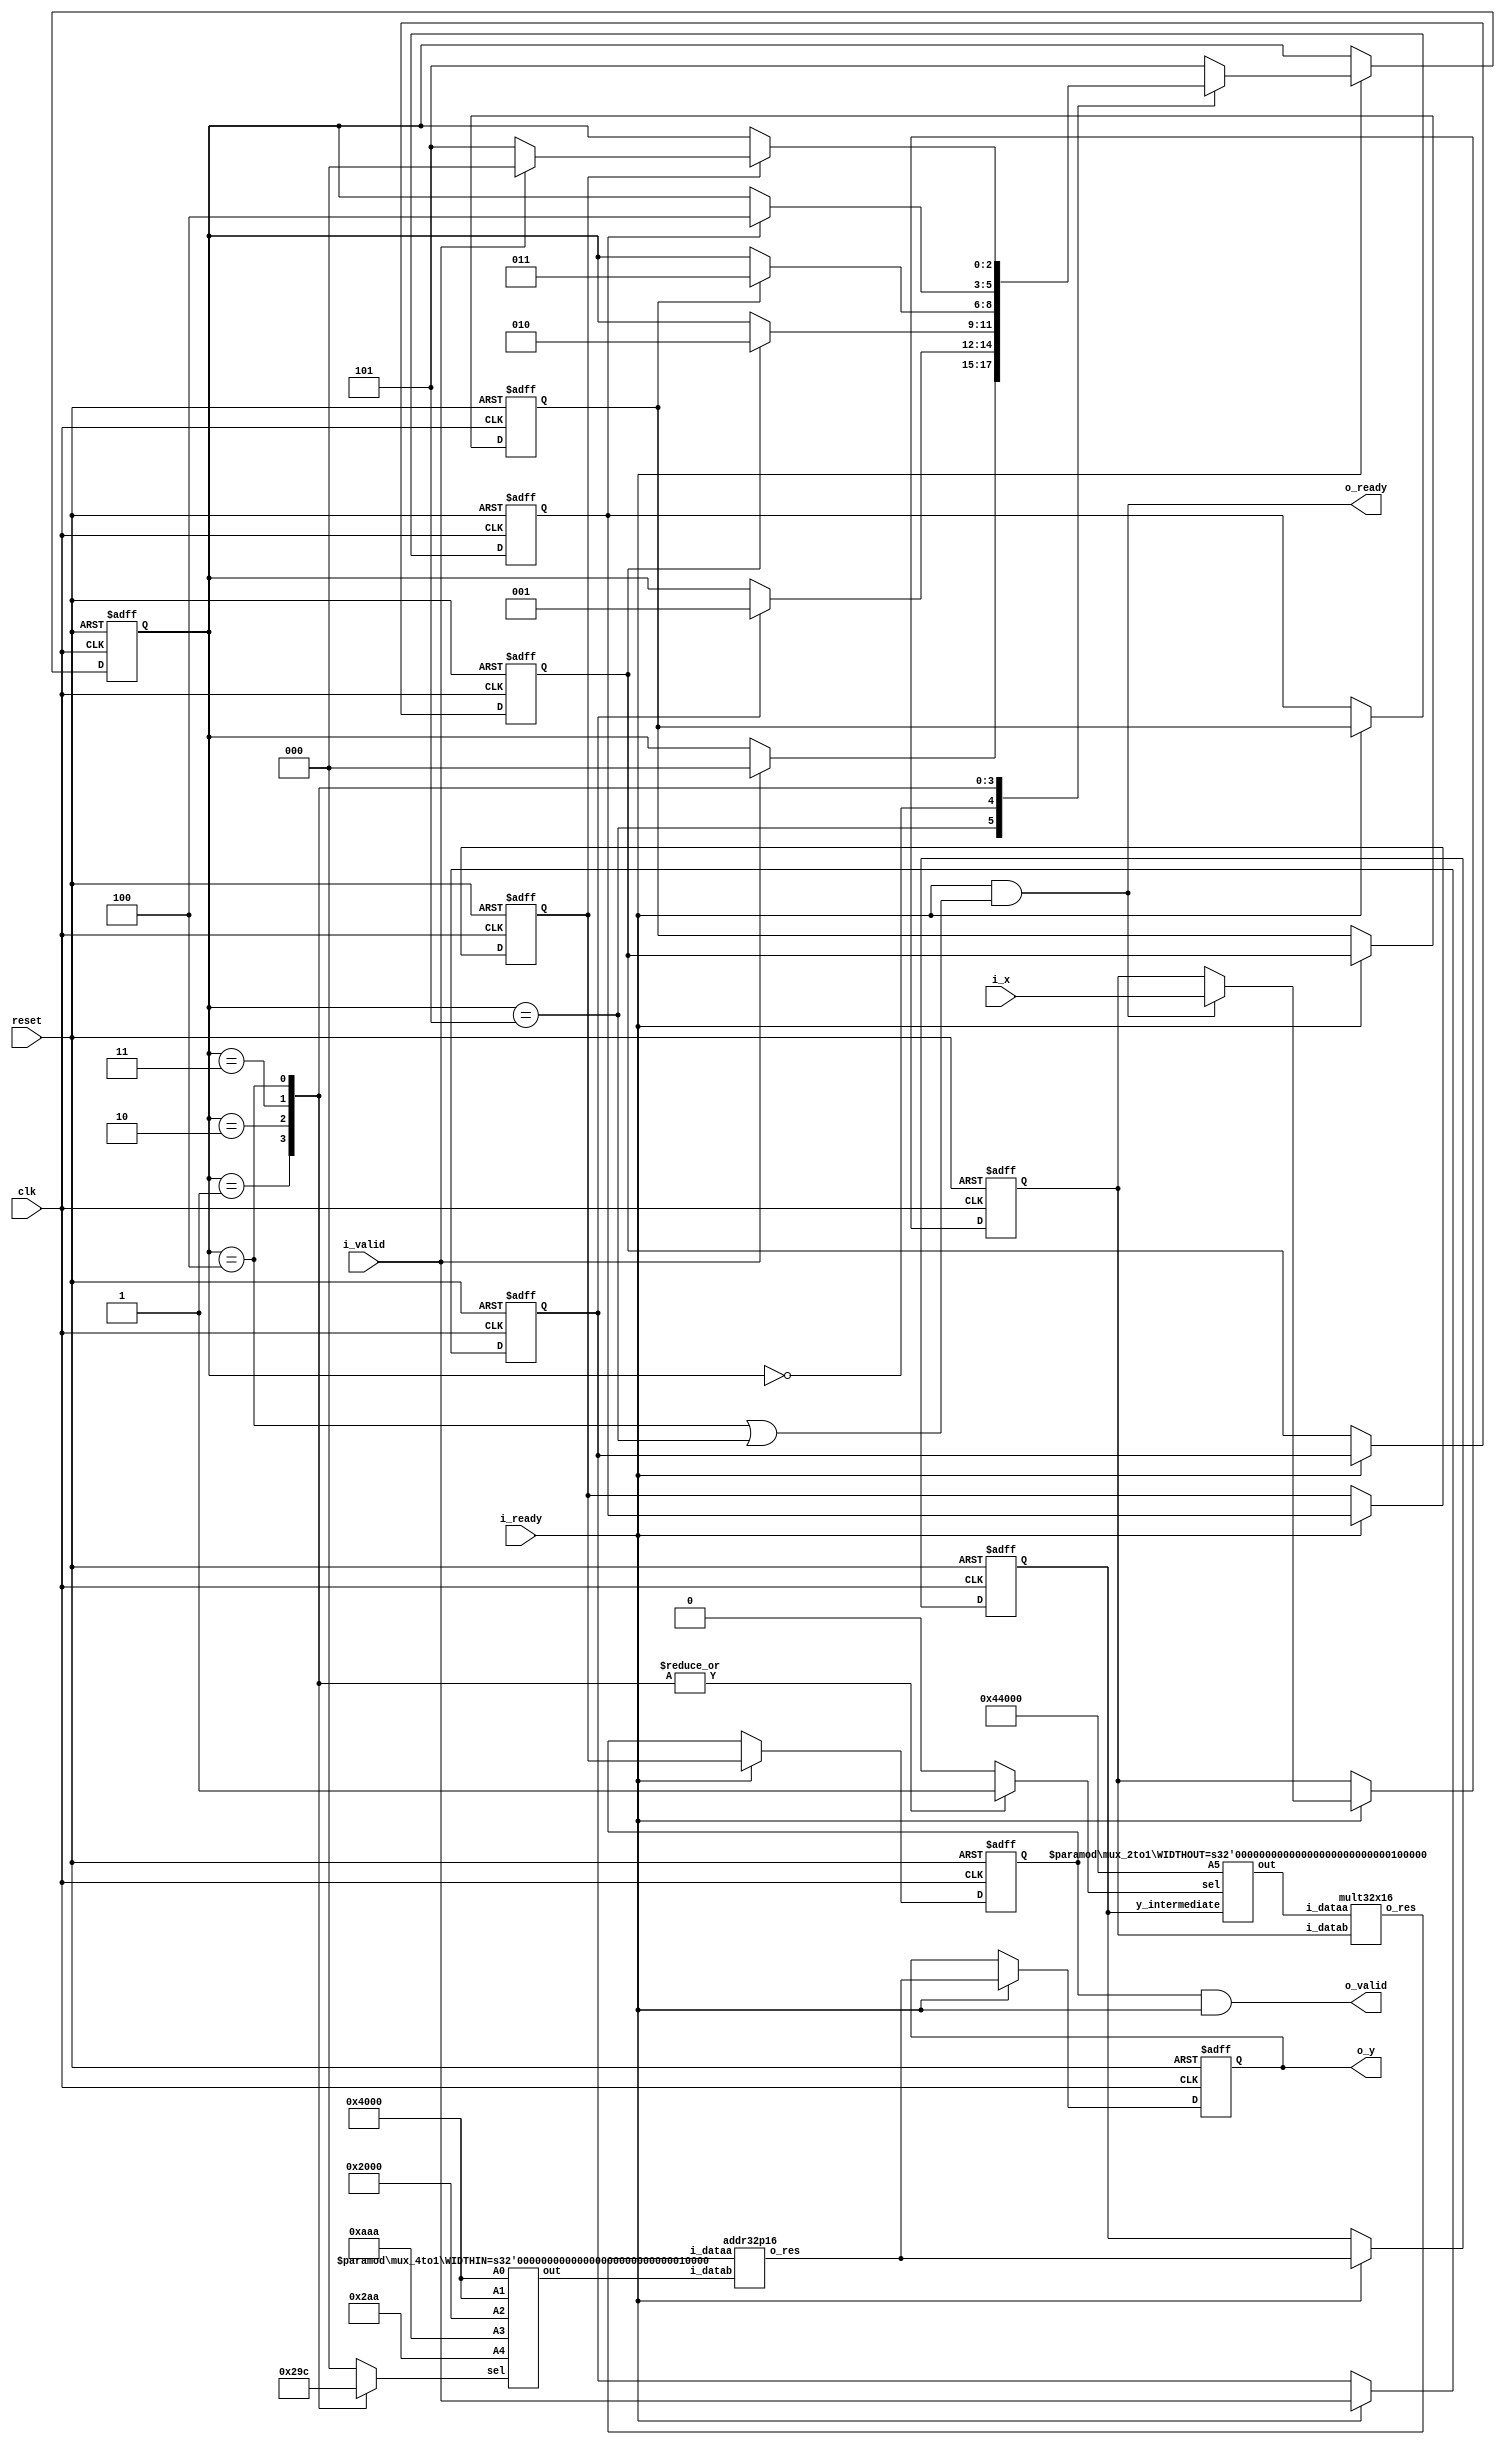
module lab1 #
(
	parameter WIDTHIN = 16,		// Input format is Q2.14 (2 integer bits + 14 fractional bits = 16 bits)
	parameter WIDTHOUT = 32,	// Intermediate/Output format is Q7.25 (7 integer bits + 25 fractional bits = 32 bits)
	// Taylor coefficients for the first five terms in Q2.14 format
	parameter [WIDTHIN-1:0] A0 = 16'b01_00000000000000, // a0 = 1
	parameter [WIDTHIN-1:0] A1 = 16'b01_00000000000000, // a1 = 1
	parameter [WIDTHIN-1:0] A2 = 16'b00_10000000000000, // a2 = 1/2
	parameter [WIDTHIN-1:0] A3 = 16'b00_00101010101010, // a3 = 1/6
	parameter [WIDTHIN-1:0] A4 = 16'b00_00001010101010, // a4 = 1/24
	parameter [WIDTHIN-1:0] A5 = 16'b00_00000010001000,  // a5 = 1/120
	parameter [WIDTHOUT-1:0] extended_A5 = {5'b0, A5, 11'b0}  // we want to use only 32x16 multiplier so adapting to it.
	
)
(
	input clk,
	input reset,	
	
	input i_valid,
	input i_ready,
	output o_valid,
	output o_ready,
	
	input [WIDTHIN-1:0] i_x,
	output [WIDTHOUT-1:0] o_y
);
//Output value could overflow (32-bit output, and 16-bit inputs multiplied
//together repeatedly).  Don't worry about that -- assume that only the bottom
//32 bits are of interest, and keep them.
reg [WIDTHIN-1:0] x;	// Register to hold input X
reg [WIDTHOUT-1:0] y_intermediate; // Register to hold intermediate output
reg [WIDTHOUT-1:0] y_Q;	// Register to hold output Y

reg valid_mul_mux_out_for_mul0_add0_Q; // multiplier's mux's output is valid that for the current state mul0_add0
reg valid_mul_mux_out_for_mul1_add1_Q; // multiplier's mux's output is valid that for the current state mul1_add1
reg valid_mul_mux_out_for_mul2_add2_Q; // similar to above commment...
reg valid_mul_mux_out_for_mul3_add3_Q;
reg valid_mul_mux_out_for_mul4_add4_Q;


reg valid_Q2;		// Output of register y is valid


// signal for enabling sequential circuit elements
reg enable;


// Signals for computing the y output
wire [WIDTHOUT-1:0] mul_out; // multiplier's output
wire [WIDTHOUT-1:0] add_out; // adder's output
wire [WIDTHOUT-1:0] y_D;

//multiplier's mux
reg mul_mux_select; // select of mux that feeds input to the only multiplier
wire[WIDTHOUT-1:0] mul_mux_out; //output of mux that feeds input to the only multiplier

//adder's mux
reg [2:0] add_mux_select; // select of mux that feeds input to the only adder
wire[WIDTHIN-1:0] add_mux_out; // output fo mux that feeds input to only adder


//multiplexer for multiplier
mux_2to1  #(.WIDTHOUT(WIDTHOUT)) mult_mux (.A5(extended_A5), .y_intermediate(y_intermediate), .sel(mul_mux_select), .out(mul_mux_out));
//multiplexer for adder
mux_4to1  #(.WIDTHIN(WIDTHIN)) add_mux (.A0(A0), .A1(A1), .A2(A2), .A3(A3), .A4(A4), .sel(add_mux_select), .out(add_mux_out));

// compute y value
mult32x16 Mult (.i_dataa(mul_mux_out), .i_datab(x), .o_res(mul_out));
addr32p16 Addr (.i_dataa(mul_out), 	.i_datab(add_mux_out), 	.o_res(add_out));

//assign output of adder to y_D
assign y_D = add_out;


//Finate state machine //by default the initial state is standby, where we are waiting for valid input to perform operations
reg [2:0] state;
parameter mul0_add0=3'b000; // we will peform first multiplication and first addition of tylor expansion together in one cycle in this state
parameter mul1_add1=3'b001; // we will peform second multiplication and second  of tylor expansion together in one cycle in this state
parameter mul2_add2=3'b010; // ...
parameter mul3_add3=3'b011; // ...
parameter mul4_add4=3'b100; // ...
parameter standby=3'b101;   // deffualt initial state or state in which we wait for vaild input

//we will be performing mul0 add0 in once cycle, mul1 add1 in next cycle in so on.

initial
	begin
		state <= standby;
	end

always @(state)
	begin
		case ((state))
			standby: // do nothing reset the selects of respective MUXs
				begin
					mul_mux_select <= 1'b0; 
					add_mux_select <= 3'b000;
				end
			mul0_add0: // we entered mul0_add0 state, feed the appropriate inputs to muliplier and adder through select
				begin
					mul_mux_select <= 1'b0;
					add_mux_select <= 3'b000;
				end
			mul1_add1: // similar to above comment..
				begin
					mul_mux_select <= 1'b1;
					add_mux_select <= 3'b001;
				end
			mul2_add2: // ...
				begin
					mul_mux_select <= 1'b1;
					add_mux_select <= 3'b010;
				end
			mul3_add3: // ...
				begin				
					mul_mux_select <= 1'b1;
					add_mux_select <= 3'b011;
				end
			mul4_add4: // ...
				begin
					mul_mux_select <= 1'b1;
					add_mux_select <= 3'b100;
				end
			default: // defualt we will reset selects of the respective MUXs
				begin
					mul_mux_select <= 1'b0;
					add_mux_select <= 3'b000;
				end
		endcase
	end

// Combinational logic
always @* begin
	// signal for enable
	enable = i_ready;	
end

// Infer the registers
always @ (posedge clk or posedge reset) begin
	if (reset) begin
		valid_mul_mux_out_for_mul0_add0_Q <= 1'b0; //reset validity flags
		valid_mul_mux_out_for_mul1_add1_Q <= 1'b0;
		valid_mul_mux_out_for_mul2_add2_Q <= 1'b0;
		valid_mul_mux_out_for_mul3_add3_Q <= 1'b0;
		valid_mul_mux_out_for_mul4_add4_Q <= 1'b0;		
		valid_Q2 <= 1'b0;
		state = standby;
		x <= 0;
		y_intermediate <= 0;
		y_Q <= 0;
	end else if (enable) begin
		// propagate the valid value
		valid_mul_mux_out_for_mul0_add0_Q <= i_valid; 
		valid_mul_mux_out_for_mul1_add1_Q <= valid_mul_mux_out_for_mul0_add0_Q;
		valid_mul_mux_out_for_mul2_add2_Q <= valid_mul_mux_out_for_mul1_add1_Q;
		valid_mul_mux_out_for_mul3_add3_Q <= valid_mul_mux_out_for_mul2_add2_Q;
		valid_mul_mux_out_for_mul4_add4_Q <= valid_mul_mux_out_for_mul3_add3_Q;
		valid_Q2 <= valid_mul_mux_out_for_mul4_add4_Q;
		
		// read in new x only if we are ready to take new inputs
		if(o_ready)
			x <= i_x;

		// transiton for our state
		begin
			case (state)
				standby:
					if(i_valid) // got new input to process!
						state = mul0_add0;
				mul0_add0:
					if(valid_mul_mux_out_for_mul0_add0_Q) // move to next state as we have valid output from previous state.
						state = mul1_add1;
				mul1_add1:
					if(valid_mul_mux_out_for_mul1_add1_Q) // same as above comment
						state = mul2_add2;
				mul2_add2:
					if(valid_mul_mux_out_for_mul2_add2_Q) // ...
						state = mul3_add3;
				mul3_add3:
					if(valid_mul_mux_out_for_mul3_add3_Q) // ...
						state = mul4_add4;
				mul4_add4:
					if(valid_mul_mux_out_for_mul4_add4_Q) //there two options after mul4_add4 since we finished processing,  
						if(i_valid)						  //if there  i_valid input go to mul0_add0 immediately										
							state = mul0_add0;			  //else stay in standby waiting for i_valid input.
						else
							state = standby;
				default:
					state = standby;
			endcase
		end
		
		//output computed intermediate y value
		y_intermediate <= y_D;
		
		// output computed y value, this will become valid only after mul4_add4 state
		y_Q <= y_D;
	end
end

// assign outputs
assign o_y = y_Q;
// ready for inputs as long as receiver is ready for outputs and we going to finish processing in current cycle (so that we can start processing new input in very next cycle) or in standby*/
assign o_ready = i_ready && (state==mul4_add4 || state==standby);   		
// the output is valid as long as the corresponding input was valid and 
//	the receiver is ready. If the receiver isn't ready, the computed output
//	will still remain on the register outputs and the circuit will resume
//  normal operation with the receiver is ready again (i_ready is high)*/
assign o_valid = valid_Q2 & i_ready;	

endmodule

/*******************************************************************************************/

// Multiplier module for all the remaining 32x16 multiplications
module mult32x16 (
	input  [31:0] i_dataa,
	input  [15:0] i_datab,
	output [31:0] o_res
);

reg [47:0] result;

always @ (*) begin
	result = i_dataa * i_datab;
end

// The result of Q7.25 x Q2.14 is in the Q9.39 format. Therefore we need to change it
// to the Q7.25 format specified in the assignment by selecting the appropriate bits
// (i.e. dropping the most-significant 2 bits and least-significant 14 bits).
assign o_res = result[45:14];

endmodule

/*******************************************************************************************/

// Adder module for all the 32b+16b addition operations 
module addr32p16 (
	input [31:0] i_dataa,
	input [15:0] i_datab,
	output [31:0] o_res
);

// The 16-bit Q2.14 input needs to be aligned with the 32-bit Q7.25 input by zero padding
assign o_res = i_dataa + {5'b00000, i_datab, 11'b00000000000};

endmodule

/*******************************************************************************************/
module mux_4to1 		#(parameter WIDTHIN = 16)
						(input [WIDTHIN-1:0] A0,                 // WIDTHIN-bit input called A0 
						 input [WIDTHIN-1:0] A1,                 // WIDTHIN-bit input called A1  
						 input [WIDTHIN-1:0] A2,                 // WIDTHIN-bit input called A2  
						 input [WIDTHIN-1:0] A3,                 // WIDTHIN-bit input called A3  
						 input [WIDTHIN-1:0] A4,                 // WIDTHIN-bit input called A4						  
						 input [2:0] sel,               		 // input sel used to select between A1,A2,A3,A4 
						 output [WIDTHIN-1:0] out);              // 4-bit output based on input sel  
	// weh sel[2]  is 0, (sel[1] ? (sel[0] ? A1 : A2) : (sel[0] ? A3 : A4)) is selected else A0.
 	// When sel[1] is 0, (sel[0]? A3:A4) is selected and sel[1] is 1, (sel[0] ? A1:A2) is taken  
	// If sel[0] is 0, A4 is sent to output, else A3 and if sel[0] is 0, A2 is sent to output, else A1  
	assign out = sel[2] ? A0 : (sel[1] ? (sel[0] ? A1 : A2) : (sel[0] ? A3 : A4));  
	
endmodule  

/*******************************************************************************************/

module mux_2to1 		#(parameter WIDTHOUT = 32)
						(input [WIDTHOUT-1:0] y_intermediate,                 // WIDTHIN-bit input called y_D  
						 input [WIDTHOUT-1:0] A5,                  // WIDTHIN-bit input called A5                               
						 input sel,               				  // input sel used to select between x,A5
						 output [WIDTHOUT-1:0] out);               // WIDTHIN-bit output based on input sel  
	
	// When sel is 0, A5 is selected else if sel is 1, y_intermediate is selected	 
	assign out = sel ? y_intermediate : A5;  
	
endmodule  

/*******************************************************************************************/